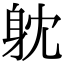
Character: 躭